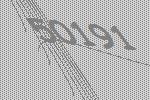
50191